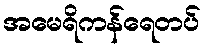
အမေရိကန်ရေတပ်